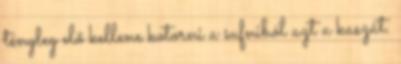
tényleg elő kellene kotorni a sufniból azt a kaszát.